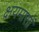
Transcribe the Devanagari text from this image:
क्षयमासों